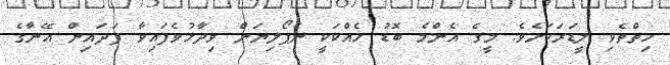
ހިތްތެވި ލީޑަރަކަށެވެ. މީގެ އެންމެ ބޮޑު ހެއްކަކީ ނެޕޯލިޔަން ވިދާޅުވެފައިވާ ފަދައިން އޭނާގެ